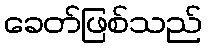
ခေတ်ဖြစ်သည်